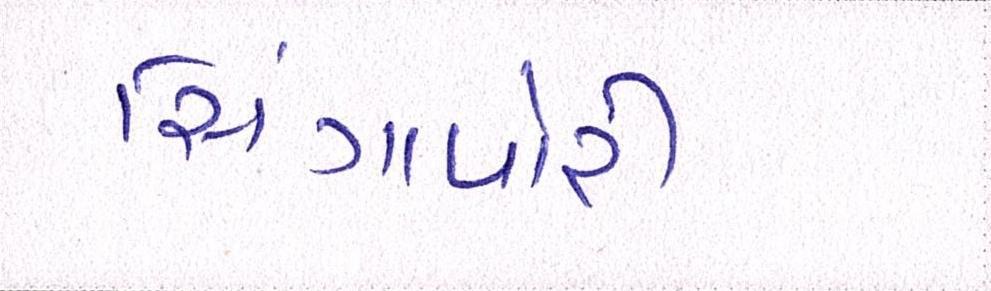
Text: સિંગાપોરી